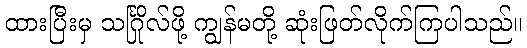
ထားပြီးမှ သင်္ဂြိုလ်ဖို့ ကျွန်မတို့ ဆုံးဖြတ်လိုက်ကြပါသည်။